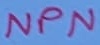
Text: NPN